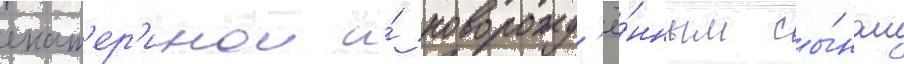
екат'ер'инои и́ новорожд'ё́нным сы́ном